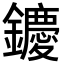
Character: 𨯙